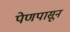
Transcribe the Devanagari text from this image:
पेणपासून